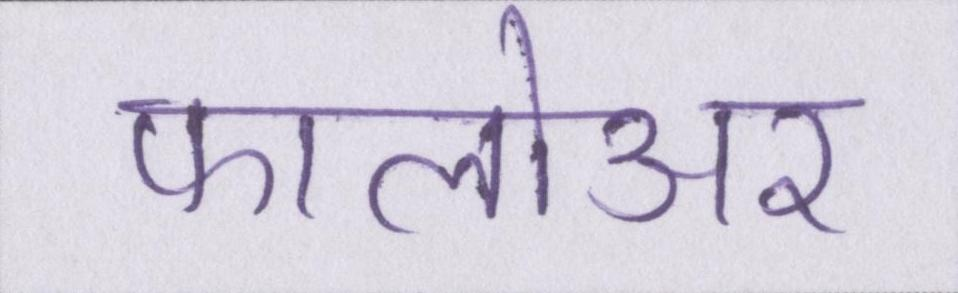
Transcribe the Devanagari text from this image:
फालोअर